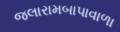
જલારામબાપાવાળા